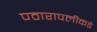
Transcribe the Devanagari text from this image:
पठारापलीकडे